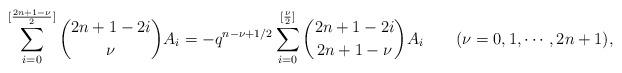
LaTeX: \begin{align*}\sum_{i=0}^{[\frac{2n+1-\nu}{2}]} {{2n+1-2i}\choose{\nu}} A_i = -q^{n-\nu+1/2} \sum_{i=0}^{[\frac{\nu}{2}]} {{2n+1-2i}\choose{2n+1-\nu}} A_i\qquad(\nu=0,1,\cdots, 2n+1),\end{align*}